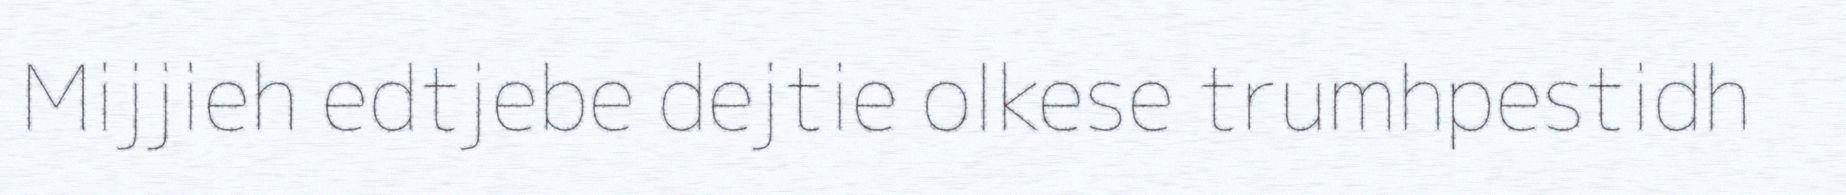
Mijjieh edtjebe dejtie olkese trumhpestidh